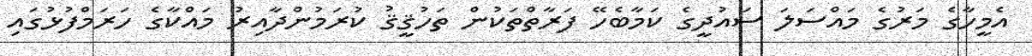
އެމީހާގެ މަރުގެ މައްސަލަ ސައުދީގެ ކަމާބެހޭ ފަރާތްތަކުން ތަހުޤީޤު ކުރަމުންދާއިރު މައްކާގެ ހަރަމްފުޅުގައި